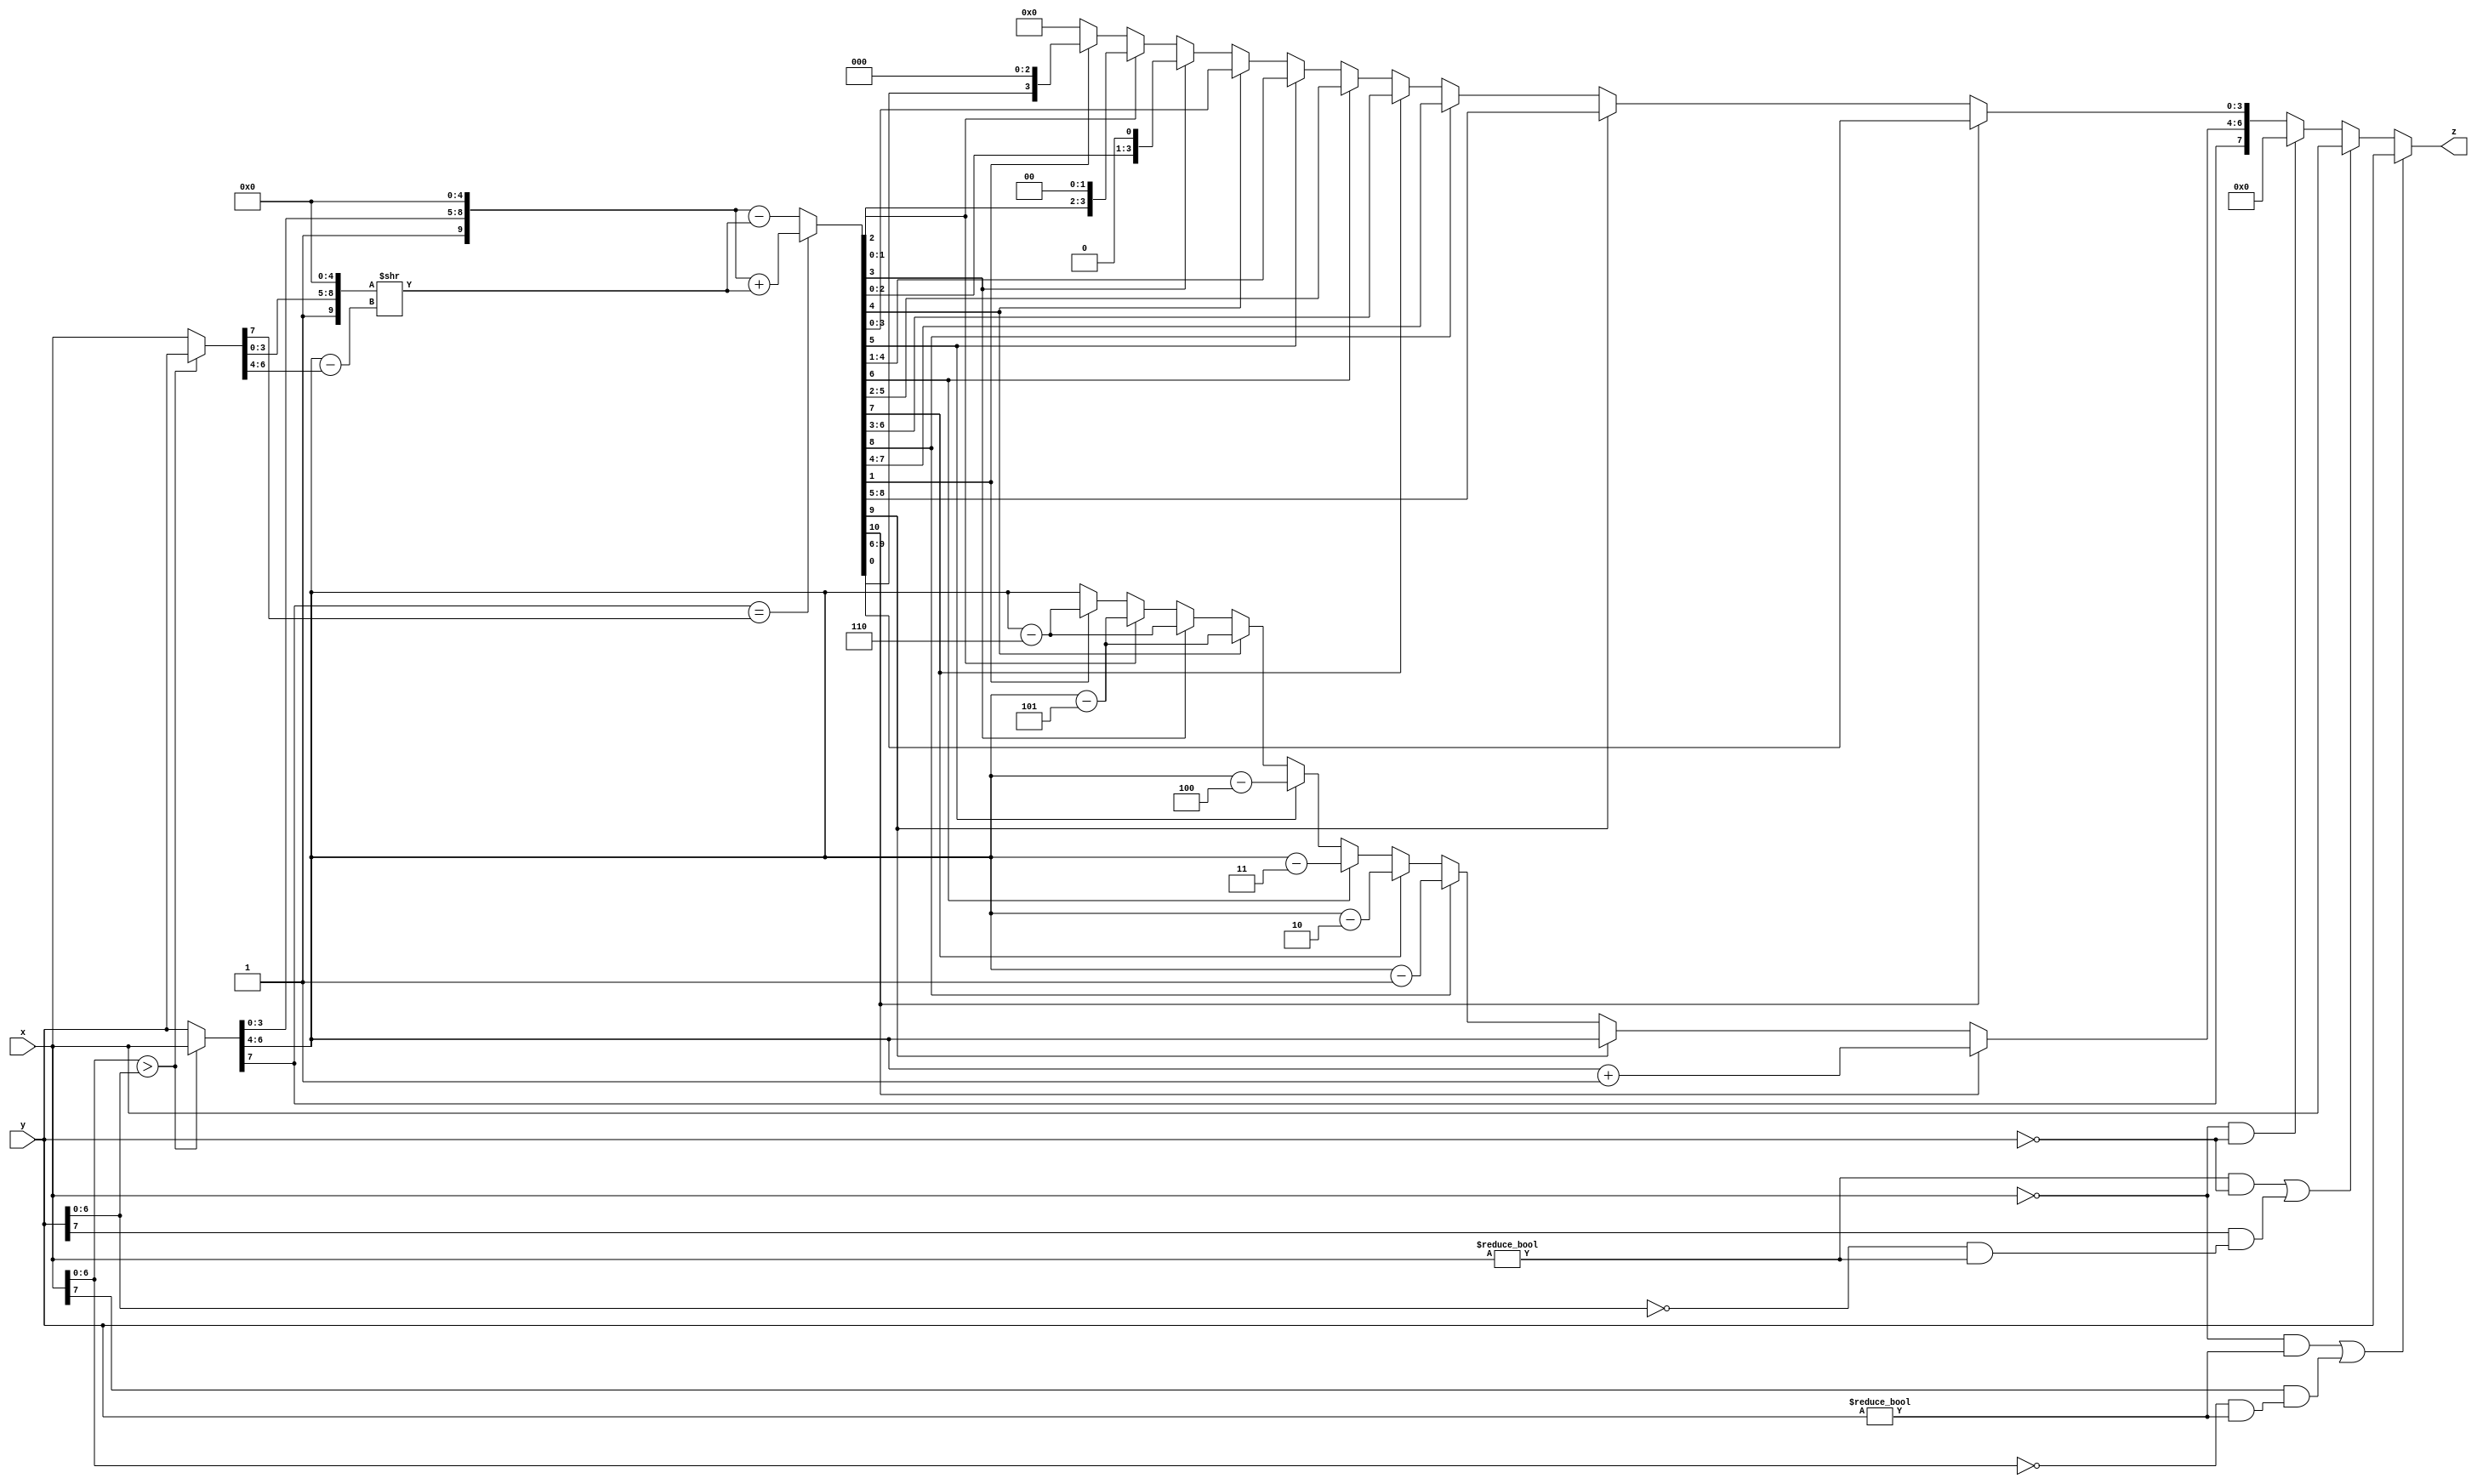
`timescale 1ns / 1ps
//////////////////////////////////////////////////////////////////////////////////
// Company: UT Austin
// 
// Design Name: 
// Module Name: add2c
// Project Name: Matrix multiplication
// Target Devices: 
// Tool Versions: 
// Description: 
// 
// Dependencies: 
// 
// Revision:
// Revision 0.01 - File Created
// Additional Comments:
// 
//////////////////////////////////////////////////////////////////////////////////


module add2C(input[7:0] x, input[7:0] y, output reg[7:0] z);
    
    reg[7:0] Big;
    reg[7:0] Small;
    reg[2:0] shift;
    reg[9:0] big_Num;
    reg[9:0] small_Num;
    reg[10:0] result;
    
    reg sign;
    reg[2:0] exponent;
    reg[3:0] fraction;
    
    initial begin
        z = 0;
        Big = 0;
        Small = 0;
        shift = 0;
        big_Num = 0;
        small_Num = 0;
        result = 0;
        
        sign = 0;
        exponent = 0;
        fraction = 0;
    end
    
    always @(*) begin
        //If either a or b is 0
        if((x == 0 && y != 0) || (x[7] == 1 && (x[6:0] == 0 && y != 0))) begin
            z = y;
        end
        else if((x != 0 && y == 0) || (y[7] == 1 && (y[6:0] == 0 && x != 0))) begin
            z = x;
        end
        else if(x == 0 && y == 0) begin
            z = 0;
        end
        else begin
            //Comparison for sign assignment and exponent based on larger
            if(x[6:0] > y[6:0]) begin
                Big = x;
                Small = y;
            end
            else begin
                Small = x;
                Big = y;
            end
            
           //sign and inital exponent assigned based on larger
            exponent = Big[6:4];
            sign = Big[7];
            
            //assigning value before shift
            big_Num = {1'b1, Big[3:0], 5'b0};
            small_Num = {1'b1, Small[3:0], 5'b0};
            
            //Matching the exponents, alligning the fraction
            shift = Big[6:4] - Small[6:4];
            small_Num = small_Num >> shift;
            
            //If negative + positive magnitude decreases else magnitude increases
            if(Big[7] == Small[7]) 
                result = big_Num + small_Num;
            
            else 
                result = big_Num - small_Num;
            
            
            //Normalize by findind leftmost 1 and shifting
            //
            if(result[10] == 1) begin
                fraction = result[9:6];
                exponent = exponent + 1; //shift number one to left 
            end 
            else if(result[9] == 1) begin
                fraction = result[8:5];
            end
            else if(result[8] == 1) begin
                fraction = result[7:4];
                exponent = exponent - 1;
            end
            else if(result[7] == 1) begin
                fraction = result[6:3];
                exponent = exponent - 2;
            end
            else if(result[6] == 1) begin
                fraction = result[5:2];
                exponent = exponent - 3;
            end
            else if(result[5] == 1) begin
                fraction = result[4:1];
                exponent = exponent - 4;
            end
            else if(result[4] == 1) begin
                fraction = result[3:0];
                exponent = exponent - 5;
            end
            else if(result[3] == 1) begin
                fraction = {result[2:0], 1'b0};
                exponent = exponent - 6;
            end
            else if(result[2] == 1) begin
                fraction = {result[1:0], 2'b00};
                exponent = exponent - 5;
            end
            else if(result[1] == 1) begin
                fraction = {result[0], 3'b000};
                exponent = exponent - 6;
            end
            else begin
                fraction = 0;
            end
            z = {sign, exponent, fraction};
        end
    end
endmodule